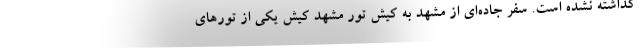
گذاشته نشده است. سفر جاده‌ای از مشهد به کیش تور مشهد کیش یکی از تورهای